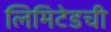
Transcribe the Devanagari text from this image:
लिमिटेडची